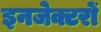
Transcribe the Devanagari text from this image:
इनजेक्टरों